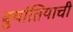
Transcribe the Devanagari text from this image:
बुर्यातियाची